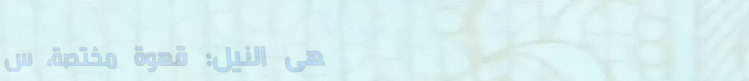
مقهى النيل: قهوة مختصة، س